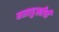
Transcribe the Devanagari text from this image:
घसादुखीची